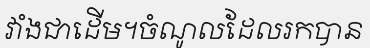
វាំងជាដើម។ចំណូលដែលរកបាន